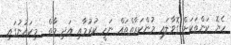
ހެޔޮ ކަންތަކަށް ގޮވާލައި މުންކަރާތްތައް ނަހީ ކުރުމާއި އަދި މާތް  މިކައުނުގައި